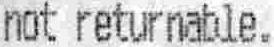
NOT RETURNABLE.